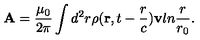
{ \bf A } = { \frac { \mu _ { 0 } } { 2 \pi } } \int d ^ { 2 } r \rho ( { \bf r } , t - { \frac { r } { c } } ) { \bf v } l n { \frac { r } { r _ { 0 } } } .